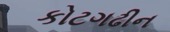
કોટગઢીન